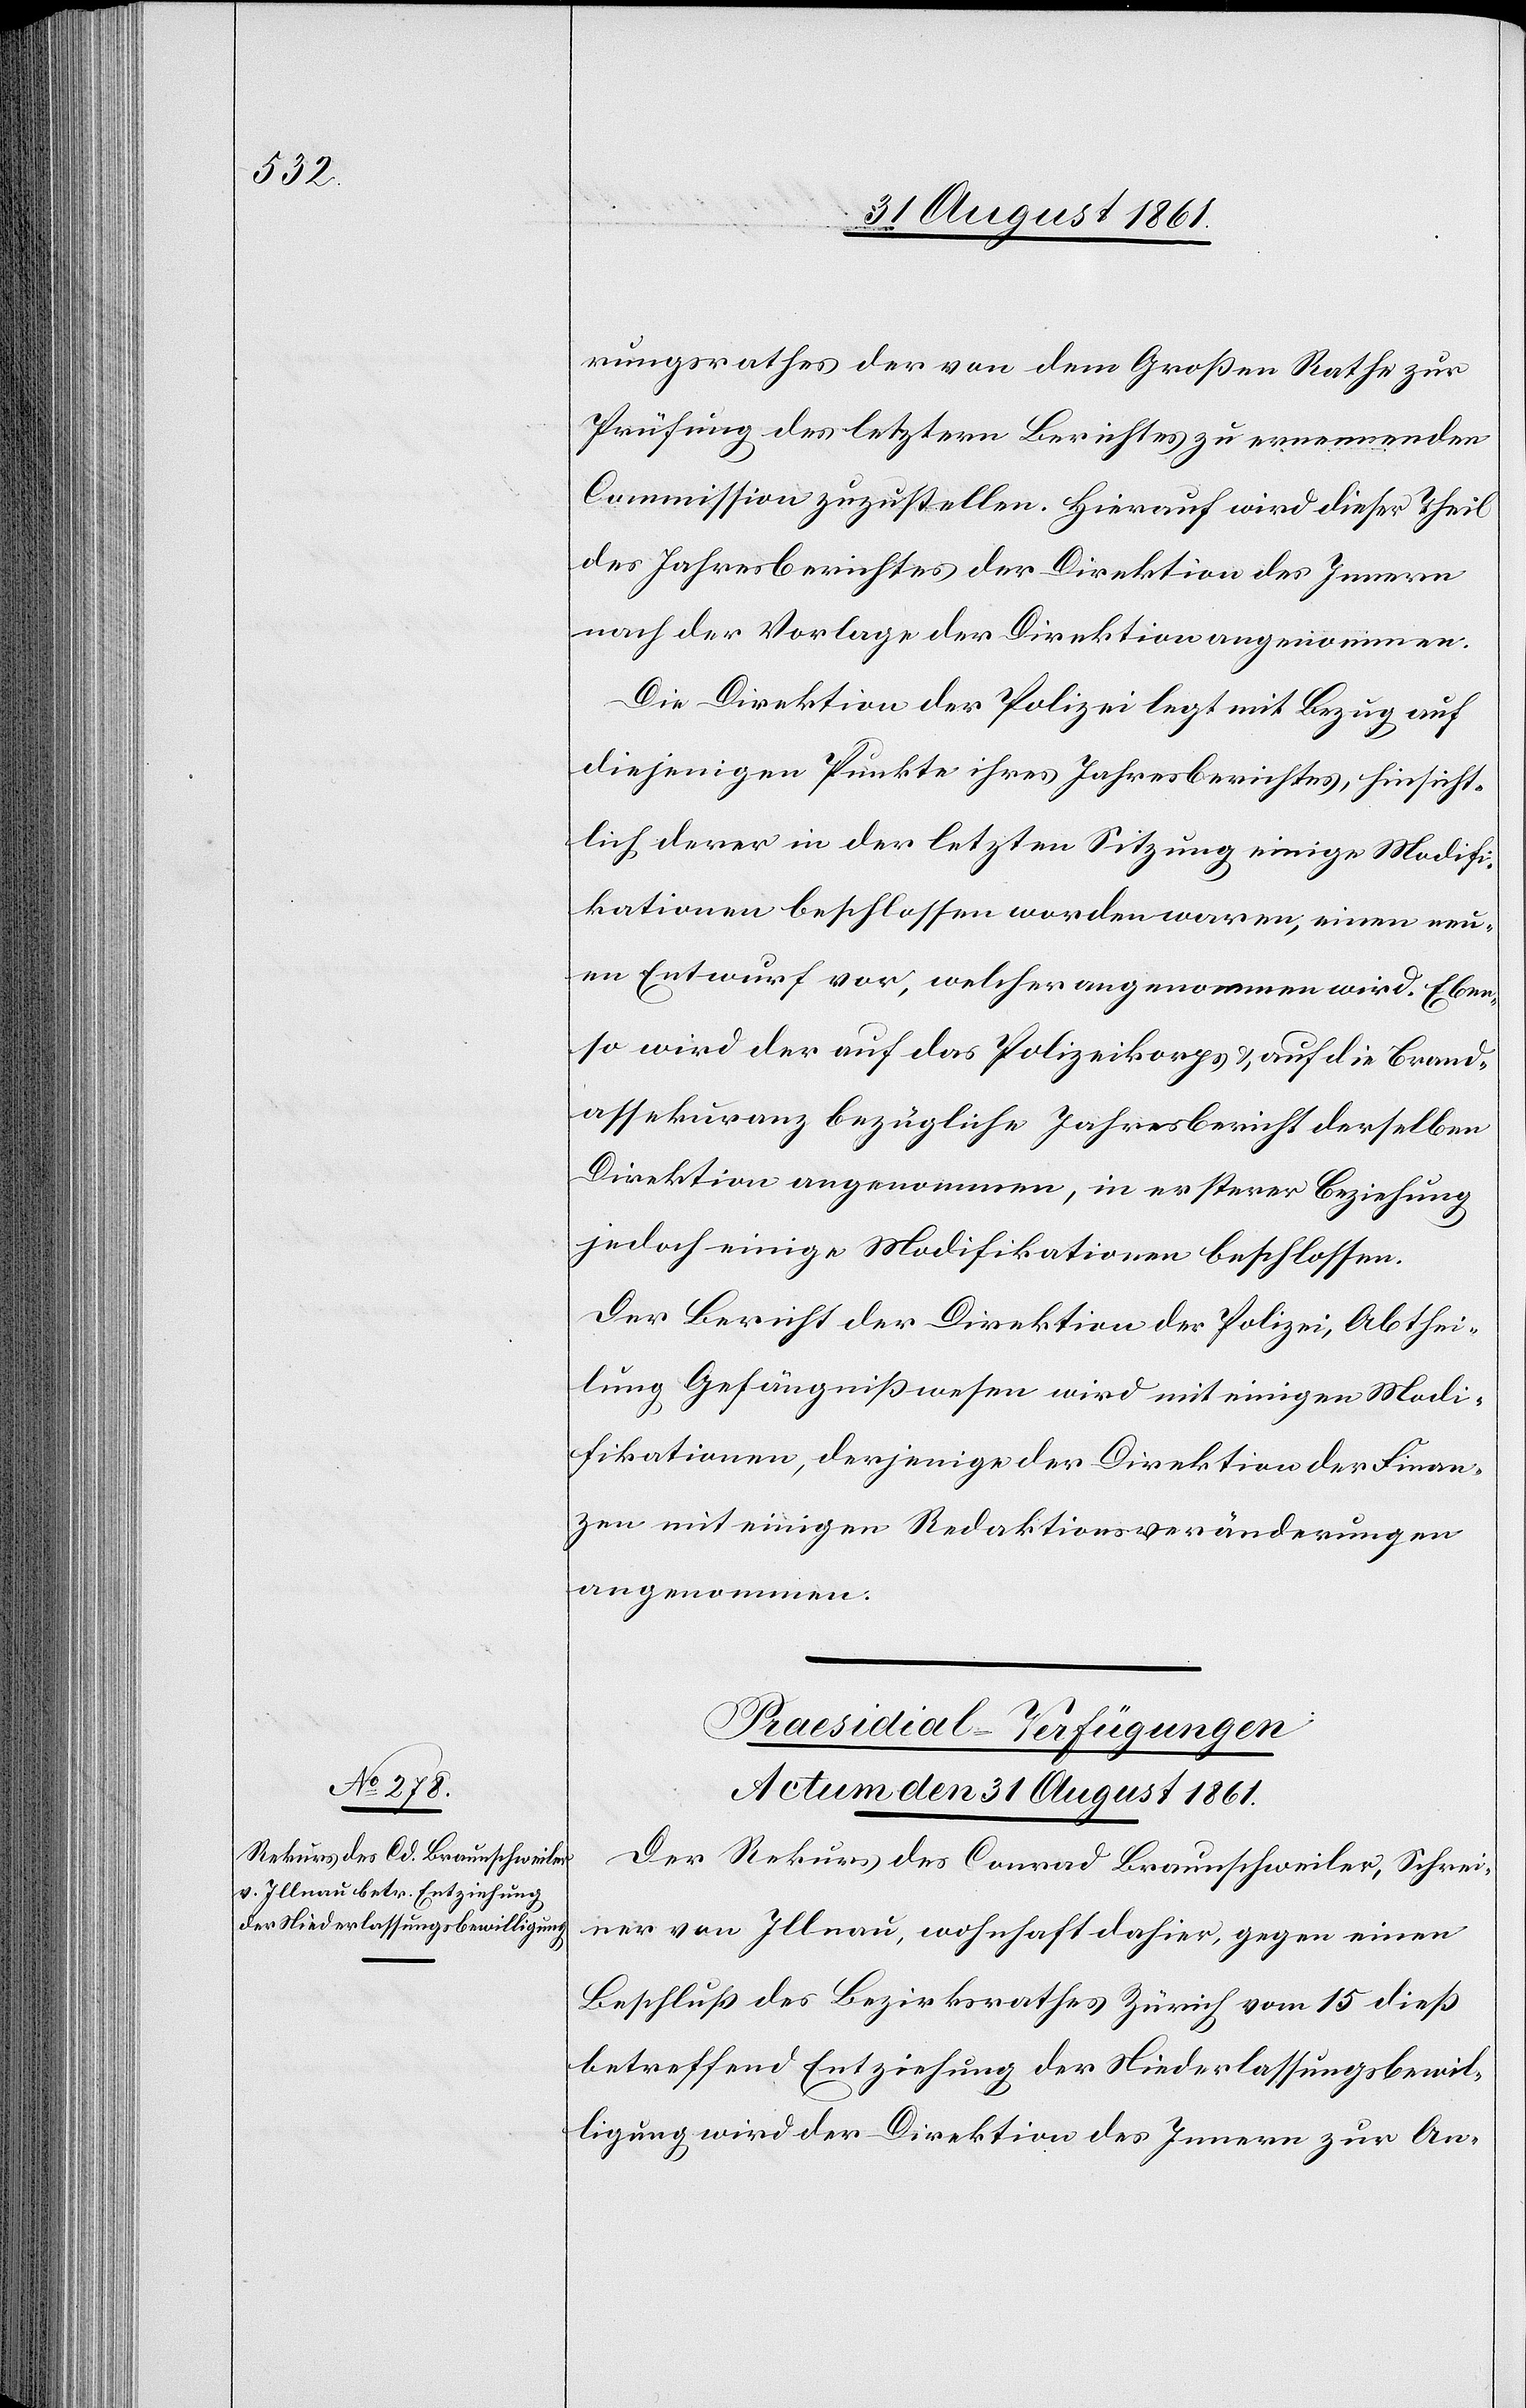
rungsrathes der von dem Großen Rathe zur
Prüfung des letztern Berichtes zu ernennenden
Commission zuzustellen. Hierauf wird dieser Theil
des Jahresberichtes der Direktion des Innern
nach der Vorlage der Direktion angenommen.
Die Direktion der Polizei legt mit Bezug auf
diejenigen Punkte ihres Jahresberichtes, hinsicht¬
lich, derer in der letzten Sitzung einige Modifi¬
kationen beschlossen worden waren, einen neu¬
en Entwurf vor, welcher angenommen wird. Eben¬
so wird der auf das Polizeikorps u. auf die Brand¬
assekuranz bezügliche Jahresbericht derselben
Direktion angenommen, in ersterer Beziehung
jedoch einige Modifikationen beschlossen.
Der Bericht der Direktion der Polizei, Abthei¬
lung Gefängnißwesen wird mit einigen Modi¬
fikationen, derjenige der Direktion der Finan¬
zen mit einigen Redaktionsveränderungen
angenommen.
Präsidial-Verfügungen.
Actum den 31 August 1861.
Der Rekurs des Conrad Braunschweiler, Schrei¬
ner von Illnau, wohnhaft dahier, gegen einen
Beschluß des Bezirksrathes Zürich vom 15 dieß
betreffend Entziehung der Niederlaßungsbewil¬
ligung wird der Direktion des Innern zur An-